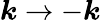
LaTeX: \boldsymbol{k}\to-\boldsymbol{k}